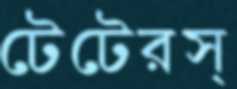
টেটেরস্